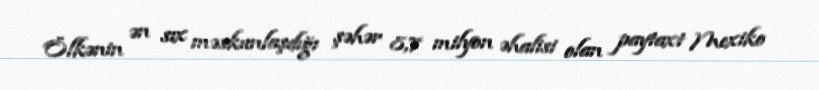
Ölkənin ən sıx məskunlaşdığı şəhər 8,7 milyon əhalisi olan paytaxt Mexiko